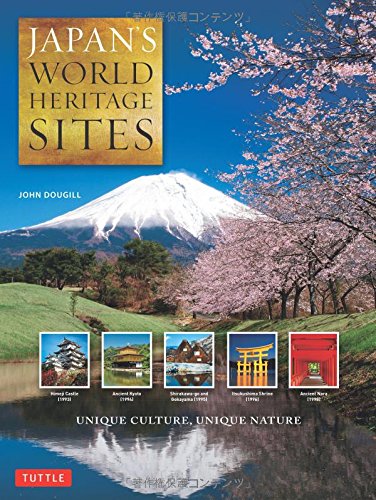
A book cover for Japan's World Heritage Sites: Unique Culture, Unique Nature; John Dougill; Arts & Photography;